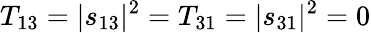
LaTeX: T_{13}=|s_{13}|^{2}=T_{31}=|s_{31}|^{2}=0